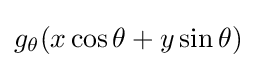
g_{\theta }(x\cos \theta +y\sin \theta )